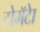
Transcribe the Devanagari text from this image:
टोमॅटेा